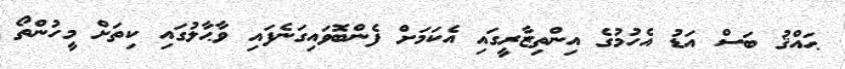
ޙައްޤު ބަސް އަޑު އެހުމުގެ އިންތިޒާރީގައި އެކަމަށް ފެންބޮވައިގަނެފައި ވާޙާލުގައި ކިތަށް މީހުންތޯ